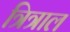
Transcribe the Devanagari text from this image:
त्रित्राल